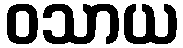
ဝသာယ